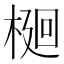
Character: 𭫎